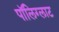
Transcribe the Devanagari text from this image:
पॉलिग्लाट